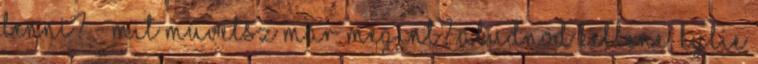
lenni? - Mit művelsz már megint? Aludnod kellene, Kylie